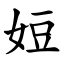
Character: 㛒